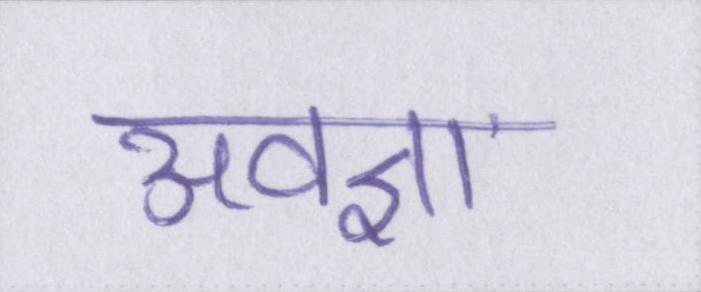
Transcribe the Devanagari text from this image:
अवज्ञा